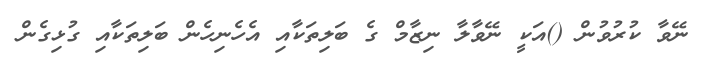
ނޭވާ ކުރުވުން ()އަކީ ނޭވާލާ ނިޒާމް ގެ ބަލިތަކާއި އެހެނިހެން ބަލިތަކާއި ގުޅިގެން